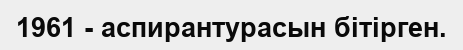
1961 - аспирантурасын бітірген.